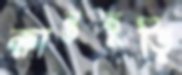
ক্ষান্তবুড়ি